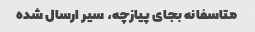
متاسفانه بجای پیازچه، سیر ارسال شده